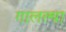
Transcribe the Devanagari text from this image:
गालल्या